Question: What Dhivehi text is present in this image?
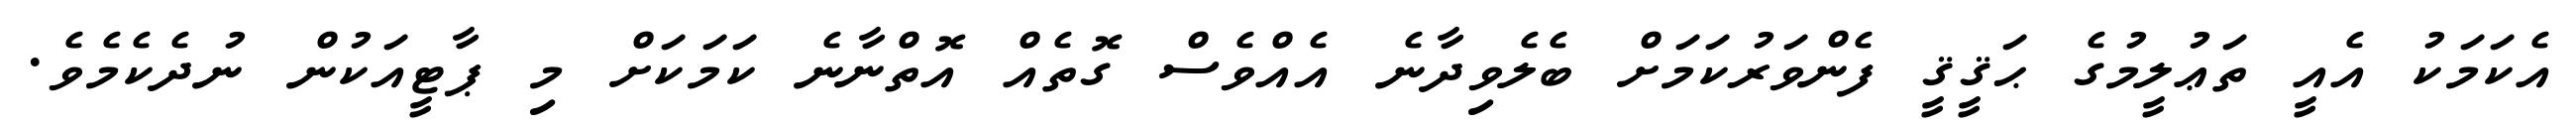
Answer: އެކަމަކު އެއީ ތަޢުލީމުގެ ޙަޤީޤީ ފެންވަރުކަމަށް ބެލެވިދާނެ އެއްވެސް ގޮތެއް އޮތްނާނެ ކަމަކަށް މި ޕާޓީއަކުން ނުދެކެމެވެ.